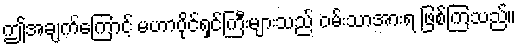
ဤအချက်ကြောင့် မဟာပိုင်ရှင်ကြီးများသည် ဝမ်းသာအားရ ဖြစ်ကြသည်။